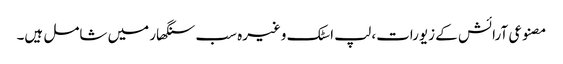
مصنوعی آرائش کے زیورات، لپ اسٹک وغیرہ سب سنگھار میں شامل ہیں۔